Indian Medical Review
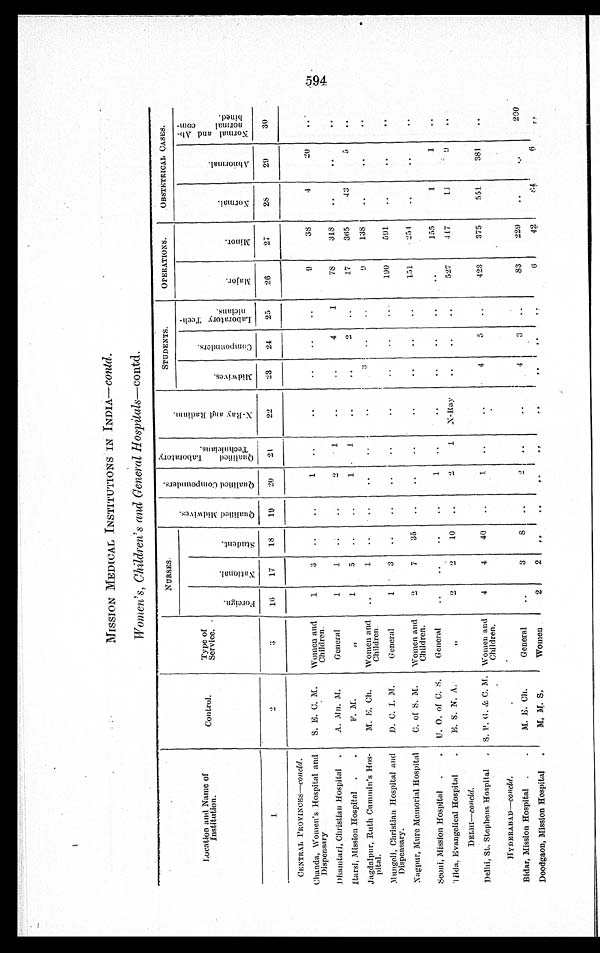
MISSION MEDICAL INSTITUTIONS IN INDIA— contd.
Women's, Children's and General Hospitals—contd.
Location and Name of
Institution.
Control.
Type of
Service.
NURSES.
Q u a l i f i e d M i d w i v e s .
Q u a l i f i e d C o m p o u n d e r s . Q u a l i f i e d L a b o r a t o r y T e c h n i c i a n s .
X - R a y a n d R a d i u m .
STUDENTS.
OPERATIONS.
OBSTETRICAL CASES.
F o r e i g n .
N a t i o n a l . S t u d e n t s .
Mi d w i v e s .
C o m p o u n d e r s .
L a b o r a t o r y T e c h -
n i c i a n s .
Ma j o r .
Mi n o r .
No r ma l .
A b n o r ma l .
N o r m a l a n d A b n o r m a l C o m b i n e d .
1 .
2 .
3
16 17 18 1 9
20 21
22
23 24 25
26
27
28
2 9
30
CENTRAL PROVINCES— c o n c l d .
Chanda, Women's Hospital and
Dispensary
S. E. C. M. Women and
Children.
1
3
1
9
38
4
20
Dhamtari, Christian Hospital
A. Mn. M.
General
1
1
2
1
4
1
78
318
Itarsi, Mission Hospital
F. M.
„
1
5
1 1
2
17
365
43
5
Jagdalpur, Ruth Cummin's Hos-
pital.
M. E. Ch. Women and
Children.
1
3
9
138
Mungeli,C h r i s t i a n
H o s p i t a l a n d
Dispensary.
D. C. I. M. General
1
3
190
591
Nagpur, MureM e m o r i a l H o s p i t a l C. of S. M. Women and
Children.
2
7 35
151
254
Seoni, Mission Ho s p i t a l U. O. of C. S. General
1
155
1
1
Tilda. Evangelical Hospital
E. S. N. A.
„
2
2 10
2
1 X-Ray
527 417
11
9
DELHI—c o n c l d .
Delhi, St. Stephens Hospital
S. P. G. & C. M. Women and
Children.
4
4 40
1
4
5
423
375
551
381
H Y D E R A B A D —
c o n c l d .
Bidar, Mission Hospital
M. E. Ch.
General
3
8
2
4
3
83
229
200
Doodgaon, Mission Hospital
M. M. S.
Women
2
2
6
42
8 4
6
.
CID